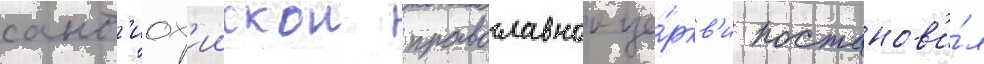
ант'иох'иискои православнои це́ркв'и постанов'и́л